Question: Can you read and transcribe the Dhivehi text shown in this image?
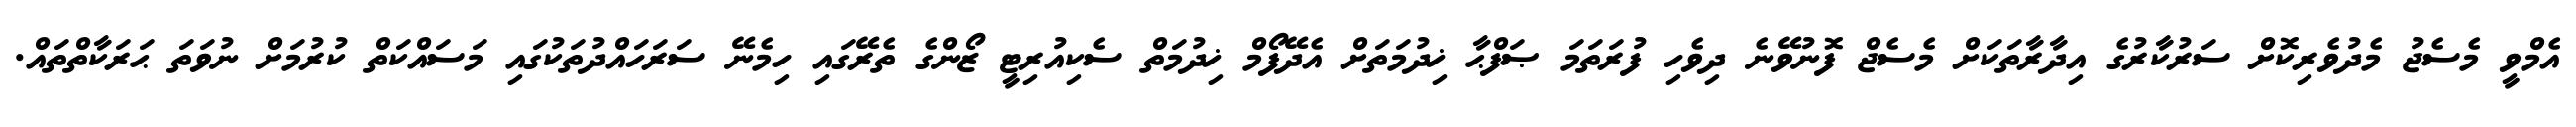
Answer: އެމްވީ މެސެޖު މެދުވެރިކޮށް ސަރުކާރުގެ އިދާރާތަކަށް މެސެޖް ފޮނުވޭނެ ދިވެހި ފުރަތަމަ ޞަފްޙާ ޚިދުމަތަށް އެދޭފޯމް ޚިދުމަތް ސެކިއުރިޓީ ޒޯންގެ ތެރޭގައި ހިމެނޭ ސަރަހައްދުތަކުގައި މަސައްކަތް ކުރުމަށް ނުވަތަ ޙަރަކާތްތައް.